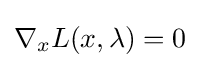
\nabla _{x}L(x,\lambda )=0